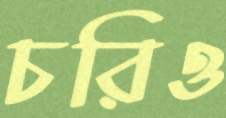
চরিও